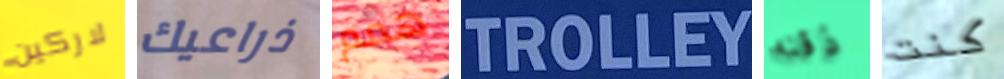
لاركين ذراعيك همم TROLLEY ذقنه كنت